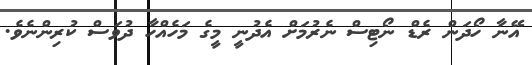
އޭނާ ހޯދަން ރެޑް ނޯޓިސް ނެރުމަށް އެދުނީ މީގެ މަހެއްހާ ދުވަސް ކުރިންނެވެ.